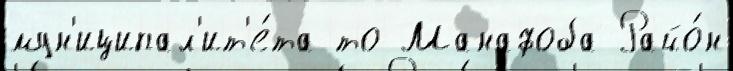
мун'иципал'ит'е́та то Манафоба Райо́н